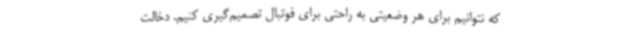
که نتوانیم برای هر وضعیتی به راحتی برای فوتبال‌ تصمیم‌گیری کنیم. دخالت